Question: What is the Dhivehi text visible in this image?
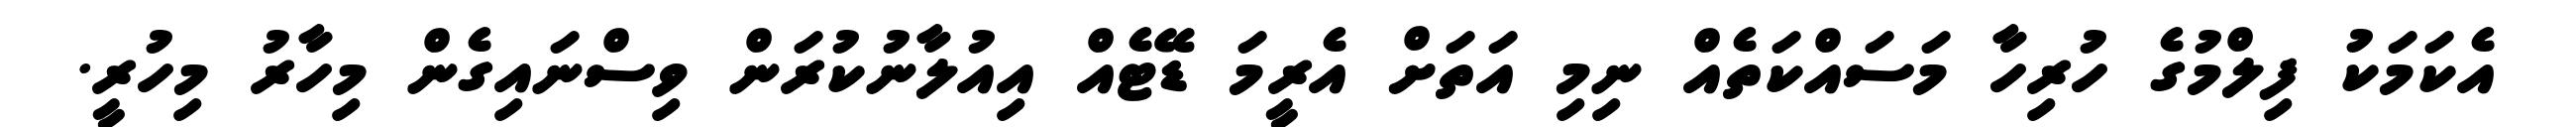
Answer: އެކަމަކު ފިލްމުގެ ހުރިހާ މަސައްކަތެއް ނިމި އަތަށް އެރީމަ ޑޭޓެއް އިއުލާނުކުރަން ވިސްނައިގެން މިހާރު މިހުރީ.